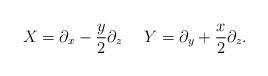
LaTeX: \begin{align*}X = \partial_x - \frac{y}{2}\partial_z \ \ \ \ Y = \partial_y + \frac{x}{2} \partial_z. \end{align*}